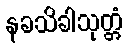
နခသိခါသုတ္တံ